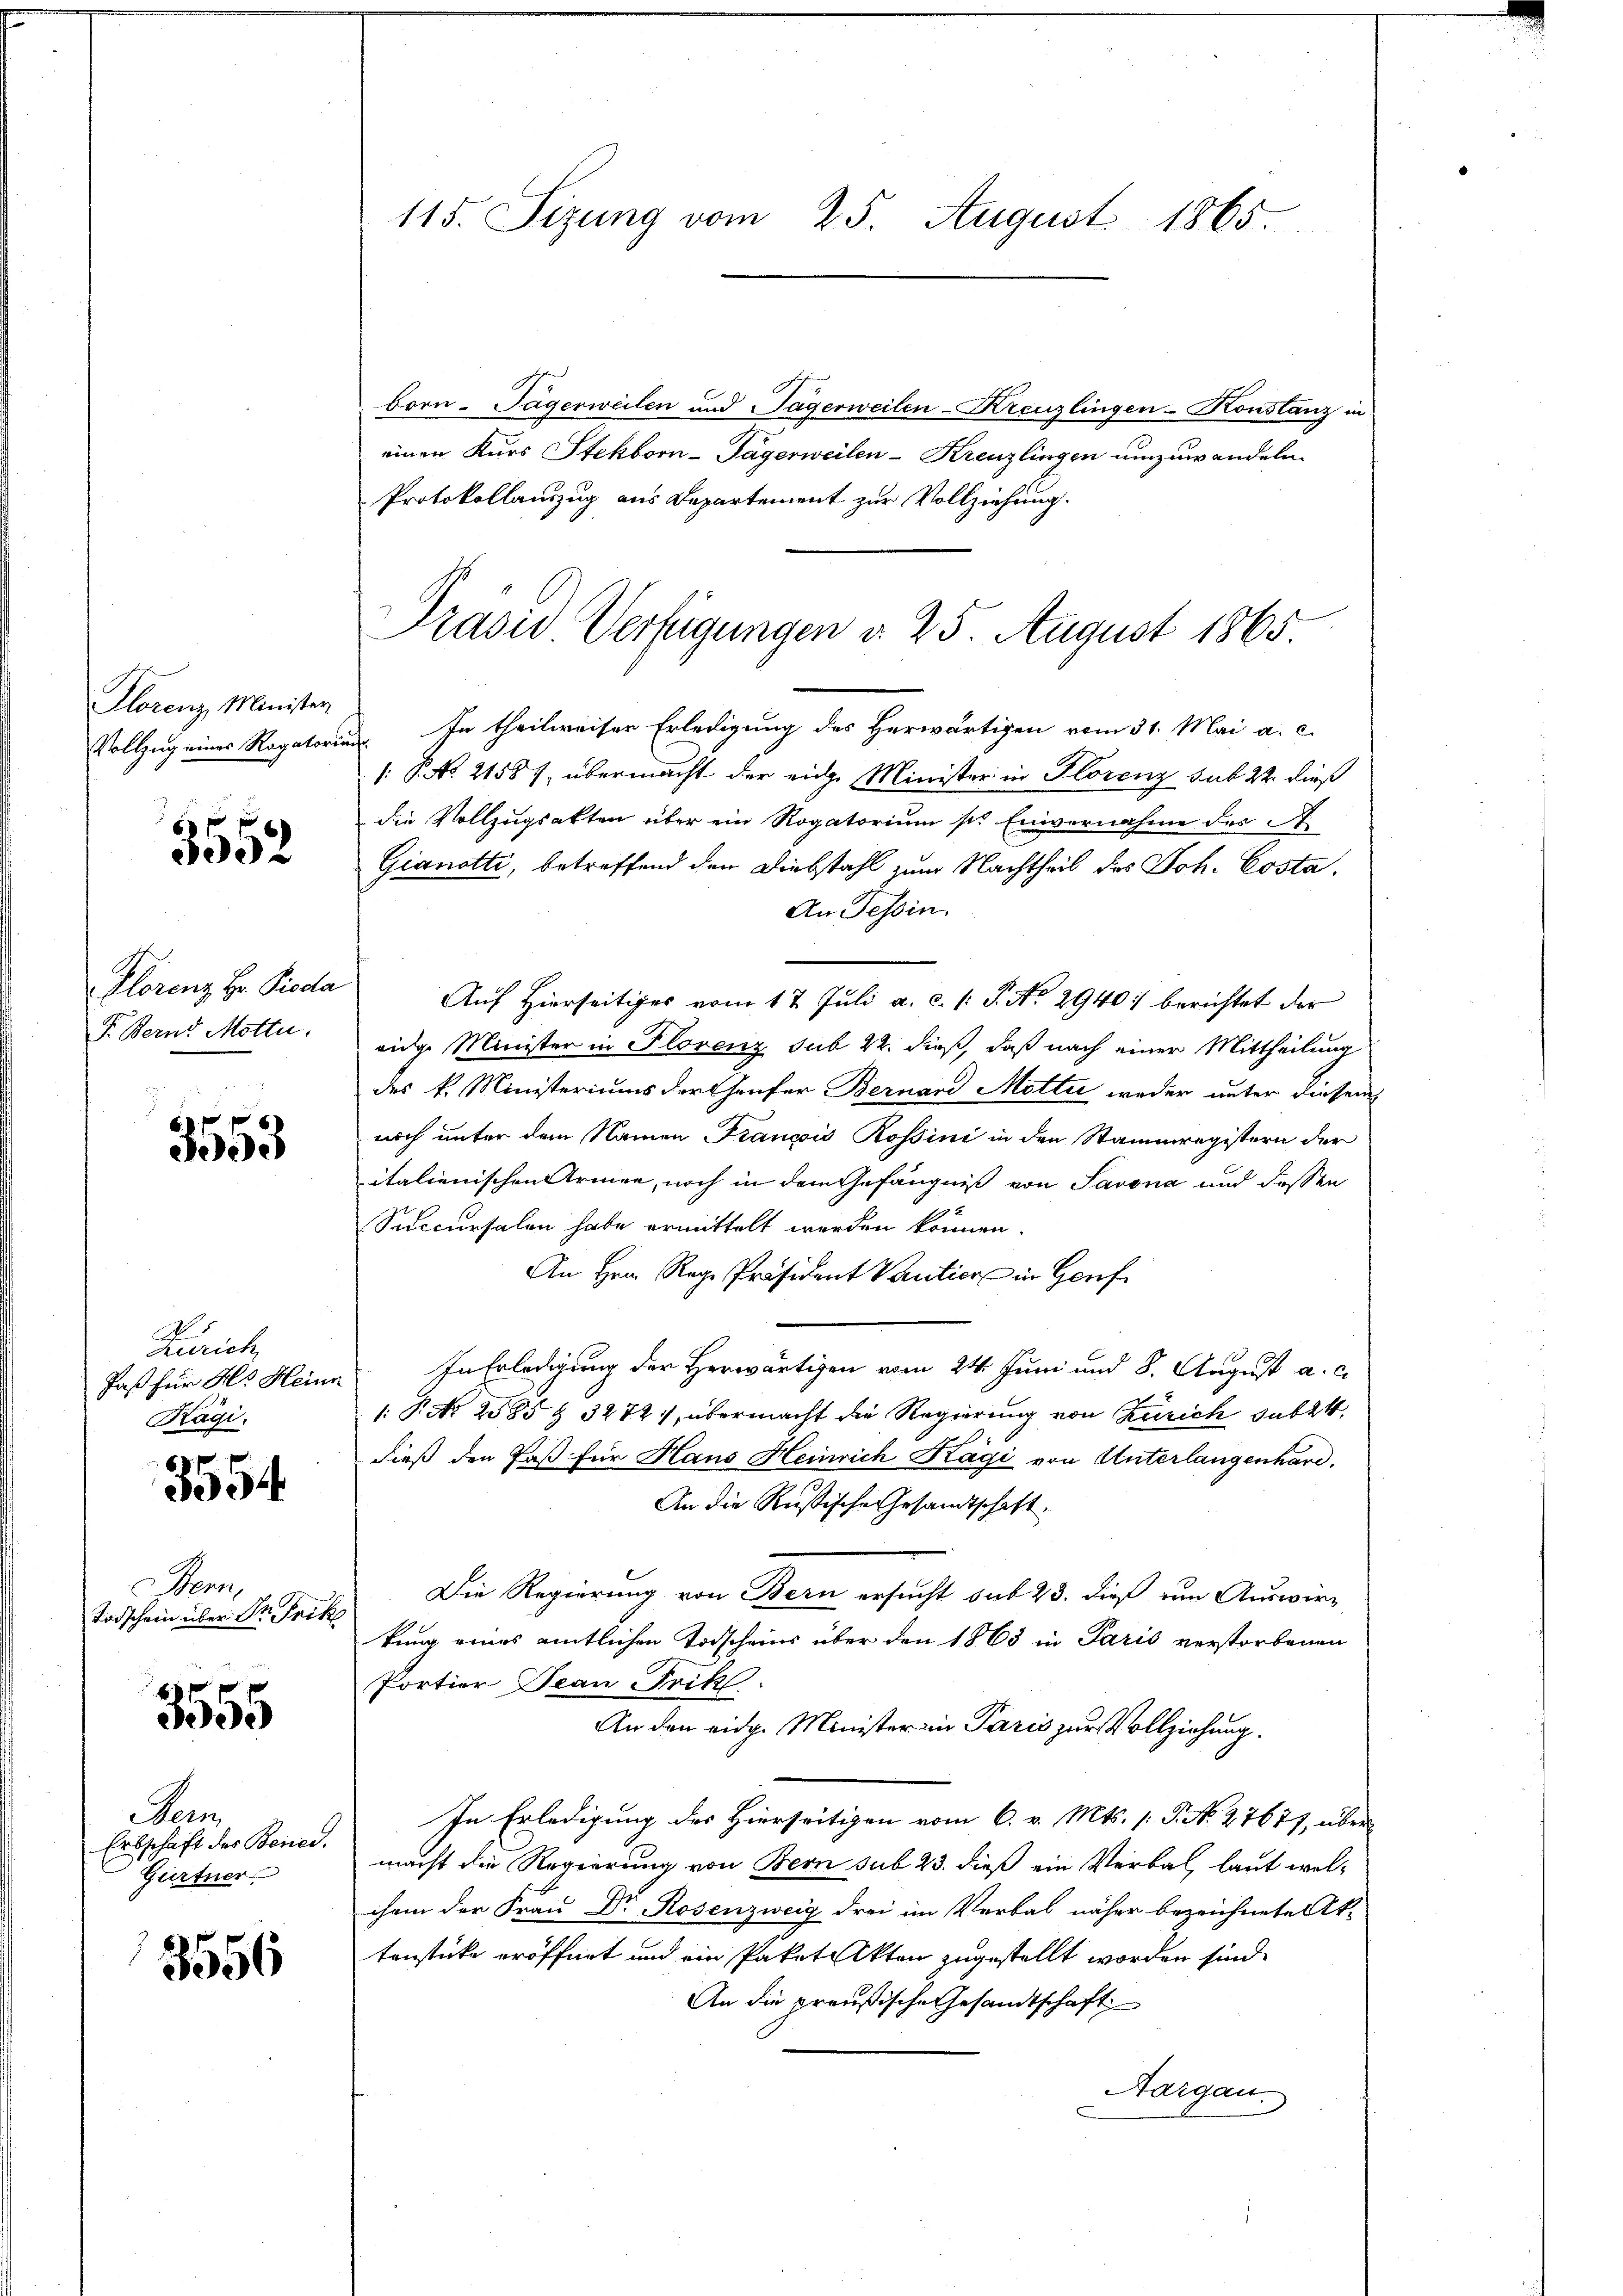
Florenz Minister

3552

Plorenz Hr. Pioda
F. Berns Motte.

3553

A
Zürich
Jaß für Hr. Heine
Kägi,

2554

Bern,
Todschein über Dr. Frik

055

Ber
Erbschaft der Berei.
Gurtner

3556

115. Sizung vom 25. August 1865.

Ich
Born- Tägerweilen und Sagerweilen-Kreuzlingen-Konstanz in
einen Kurs Stekborn-Tägerweilen-Kreuzlingen umzuwandeln.
Protokollanzug aus Departement zur Vollziehung.
Vollzug eines Rogatorium In theilweiser Erledigung des Herwärtigen vom 31. Mai a. c.
[: P. No. 21587, übermacht der eige Minister in Florenz sub 22. dieß
die Vollzugsakten über ein Rogatorium sie Einvernahme des A
Gianotti, betreffend den Diebstahl zum Nachtheil des Joh. Costa¬
An Tessin.
Auf Hierseitiges vom 17. Juli a. c. l. J. No 2940 berichtet der
eidge Minister in Florenz sub 22. dieß, daß nach einer Mittheilung
des k. Ministeriums der Genfer Bernand Motti weder unter diesem
noch unter dem Namen Franzis Rossini in den Stammregistern der
italienischen Armee, noch in dem Gefängniß von Savona und dessen
Succursalen habe ermittelt werden können.
An Hrn. Reg. Präsident Vantier in Genf
In Erledigung der Herwärtigen vom 24. Juni und 8. August a. c.
1: P. No 2585 & 3272), übermacht die Regierung von Zürich subst
dieß den Paß für Haus Heinrich Kägi von Unterlangenhard.
An die Russische Gesandtschaft.
Die Regierung von Bern ersucht sub 23. dieß um Auswirkung eines amtlichen Todscheins über den 1865 in Paris verstorbenen
Portier Jean Frik
An den eidg. Minister in Paris zur Vollziehung.
In Erledigung der Hierseitigen vom 6. v. Mts. (T. No. 27677, über
macht die Regierung von Bern sub 23. dieß ein Verbal laut welchem der Frau Dr. Rosenzweig drei im Verbal näher bezeichnete Ak-
tenstücke eröffnet und ein Paketekten zugestellt worden sind.
An die preußische Gesandtschaft
Aargau.

Präsid Verfügungen d. 25. August 1865.